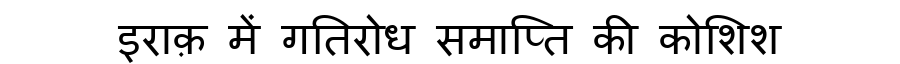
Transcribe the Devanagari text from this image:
इराक़ में गतिरोध समाप्ति की कोशिश